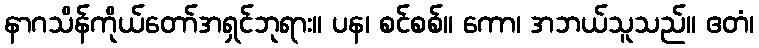
နာဂသိန်ကိုယ်တော်အရှင်ဘုရား။ ပန၊ စင်စစ်။ ကော၊ အဘယ်သူသည်။ ဧတံ၊